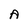
Character: A